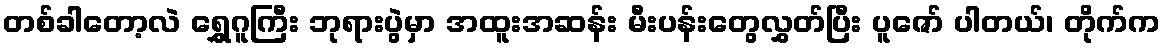
တစ်ခါတော့လဲ ရွှေဂူကြီး ဘုရားပွဲမှာ အထူးအဆန်း မီးပန်းတွေလွှတ်ပြီး ပူဇော် ပါတယ်၊ တိုက်က